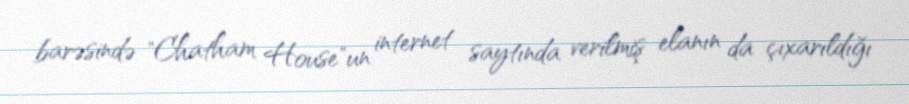
barəsində "Chatham House"un internet saytında verilmiş elanın da çıxarıldığı